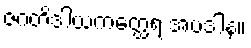
ဇဂတိဒါယကတ္ထေရ အပဒါန။